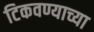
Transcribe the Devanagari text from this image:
टिकवण्याच्या